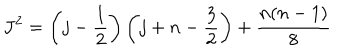
LaTeX: J ^ { 2 } = \left( j - \frac { 1 } { 2 } \right) \left( j + n - \frac { 3 } { 2 } \right) + \frac { n ( n - 1 ) } { 8 }